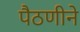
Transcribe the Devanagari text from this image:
पैठणीने